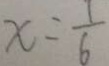
x = \frac { 1 } { 6 }